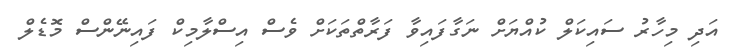
އަދި މިހާރު ސައިކަލް ކުއްޔަށް ނަގާފައިވާ ފަރާތްތަކަށް ވެސް އިސްލާމިކް ފައިނޭންސް މޮޑެލް